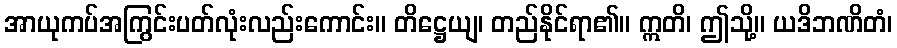
အာယုကပ်အကြွင်းပတ်လုံးလည်းကောင်း။ တိဋ္ဌေယျ၊ တည်နိုင်ရာ၏။ ဣတိ၊ ဤသို့။ ယဒိဘဏိတံ၊